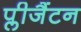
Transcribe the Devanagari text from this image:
प्लीजैंटन